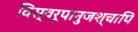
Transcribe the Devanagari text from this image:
विस्वरूपानुजश्चापि